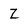
Character: Z